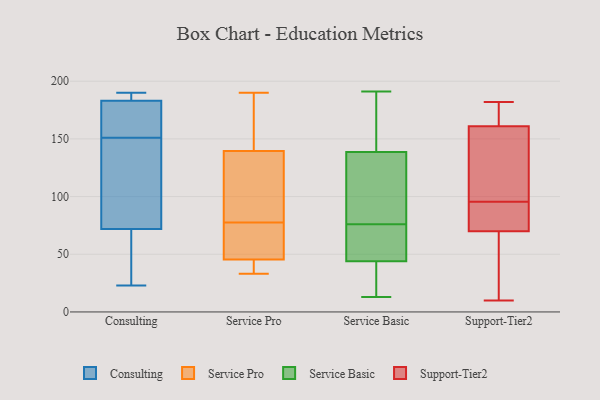
{"axis": {"x": "Tickets Resolved", "y": "Value"}, "legend": ["Consulting", "Service Basic", "Service Pro", "Support-Tier2"], "data": [{"x": "", "y": 72, "type": "Consulting"}, {"x": "", "y": 190, "type": "Consulting"}, {"x": "", "y": 183, "type": "Consulting"}, {"x": "", "y": 23, "type": "Consulting"}, {"x": "", "y": 162, "type": "Consulting"}, {"x": "", "y": 140, "type": "Consulting"}, {"x": "", "y": 127, "type": "Consulting"}, {"x": "", "y": 34, "type": "Consulting"}, {"x": "", "y": 168, "type": "Consulting"}, {"x": "", "y": 184, "type": "Consulting"}, {"x": "", "y": 70, "type": "Service Pro"}, {"x": "", "y": 51, "type": "Service Pro"}, {"x": "", "y": 190, "type": "Service Pro"}, {"x": "", "y": 121, "type": "Service Pro"}, {"x": "", "y": 35, "type": "Service Pro"}, {"x": "", "y": 121, "type": "Service Pro"}, {"x": "", "y": 54, "type": "Service Pro"}, {"x": "", "y": 155, "type": "Service Pro"}, {"x": "", "y": 149, "type": "Service Pro"}, {"x": "", "y": 40, "type": "Service Pro"}, {"x": "", "y": 33, "type": "Service Pro"}, {"x": "", "y": 130, "type": "Service Pro"}, {"x": "", "y": 36, "type": "Service Pro"}, {"x": "", "y": 171, "type": "Service Pro"}, {"x": "", "y": 67, "type": "Service Pro"}, {"x": "", "y": 85, "type": "Service Pro"}, {"x": "", "y": 76, "type": "Service Basic"}, {"x": "", "y": 150, "type": "Service Basic"}, {"x": "", "y": 42, "type": "Service Basic"}, {"x": "", "y": 135, "type": "Service Basic"}, {"x": "", "y": 13, "type": "Service Basic"}, {"x": "", "y": 53, "type": "Service Basic"}, {"x": "", "y": 191, "type": "Service Basic"}, {"x": "", "y": 140, "type": "Service Basic"}, {"x": "", "y": 19, "type": "Service Basic"}, {"x": "", "y": 50, "type": "Service Basic"}, {"x": "", "y": 93, "type": "Service Basic"}, {"x": "", "y": 137, "type": "Support-Tier2"}, {"x": "", "y": 180, "type": "Support-Tier2"}, {"x": "", "y": 161, "type": "Support-Tier2"}, {"x": "", "y": 89, "type": "Support-Tier2"}, {"x": "", "y": 33, "type": "Support-Tier2"}, {"x": "", "y": 177, "type": "Support-Tier2"}, {"x": "", "y": 93, "type": "Support-Tier2"}, {"x": "", "y": 182, "type": "Support-Tier2"}, {"x": "", "y": 10, "type": "Support-Tier2"}, {"x": "", "y": 118, "type": "Support-Tier2"}, {"x": "", "y": 95, "type": "Support-Tier2"}, {"x": "", "y": 172, "type": "Support-Tier2"}, {"x": "", "y": 56, "type": "Support-Tier2"}, {"x": "", "y": 42, "type": "Support-Tier2"}, {"x": "", "y": 119, "type": "Support-Tier2"}, {"x": "", "y": 70, "type": "Support-Tier2"}, {"x": "", "y": 96, "type": "Support-Tier2"}, {"x": "", "y": 88, "type": "Support-Tier2"}]}